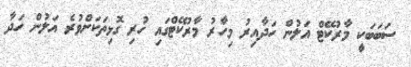
ސަބަބަކީ މާރުކޭޓް އަލުން ހަދާއިރު މިހާރު މާރުކޭޓްގައި ހުރި ގޮޅިތަކަށްވުރެ އަލުން ހަދާ